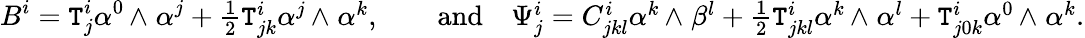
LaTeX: B^{i}=\mathtt{T}_{j}^{i}\alpha^{0}{\, {\wedge}\; }\alpha^{j}+\textstyle{\frac{1}{2}}\mathtt{T}_{jk}^{i}\alpha^{j}{\, {\wedge}\; }\alpha^{k},\qquad\mathrm{{and}}\quad\Psi_{j}^{i}=C_{jkl}^{i}\alpha^{k}{\, {\wedge}\; }\beta^{l}+\textstyle{\frac{1}{2}}\mathtt{T}_{jkl}^{i}\alpha^{k}{\, {\wedge}\; }\alpha^{l}+\mathtt{T}_{j0k}^{i}\alpha^{0}{\, {\wedge}\; }\alpha^{k}.